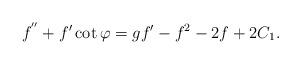
LaTeX: \begin{align*}f^{''}+f'\cot\varphi=gf'-f^2-2f+2C_1.\end{align*}